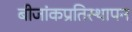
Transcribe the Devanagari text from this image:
बीजांकप्रतिस्थापन